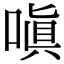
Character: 嗔